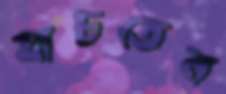
যাচতেন